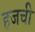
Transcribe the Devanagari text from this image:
हजची